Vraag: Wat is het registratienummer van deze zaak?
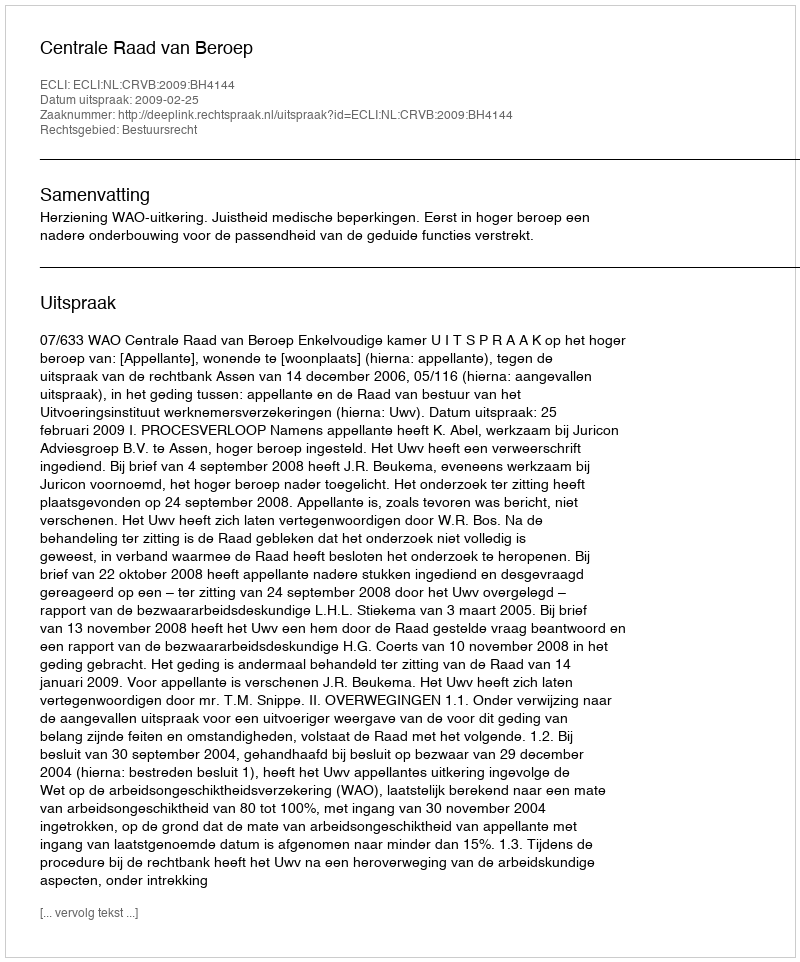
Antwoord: http://deeplink.rechtspraak.nl/uitspraak?id=ECLI:NL:CRVB:2009:BH4144